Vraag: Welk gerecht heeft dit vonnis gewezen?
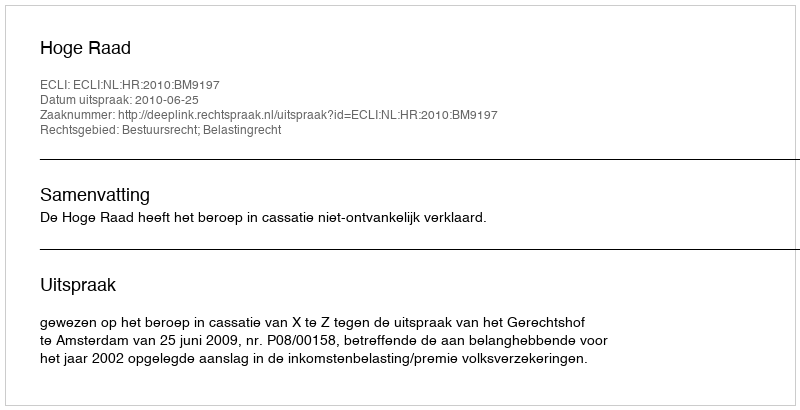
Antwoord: Hoge Raad